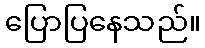
ပြောပြနေသည်။